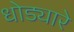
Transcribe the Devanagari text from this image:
धोड्यारे